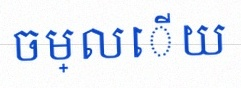
ចម្លើយ